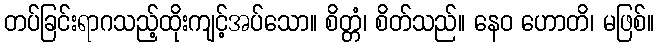
တပ်ခြင်းရာဂသည့်ထိုးကျင့်အပ်သော။ စိတ္တံ၊ စိတ်သည်။ နေဝ ဟောတိ၊ မဖြစ်။